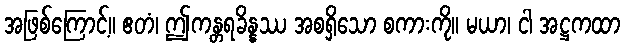
အဖြစ်ကြောင့်။ ဧတံ၊ ဤကန္တရခိန္နဿ အစရှိသော စကားကို။ မယာ၊ ငါ အဋ္ဌကထာ